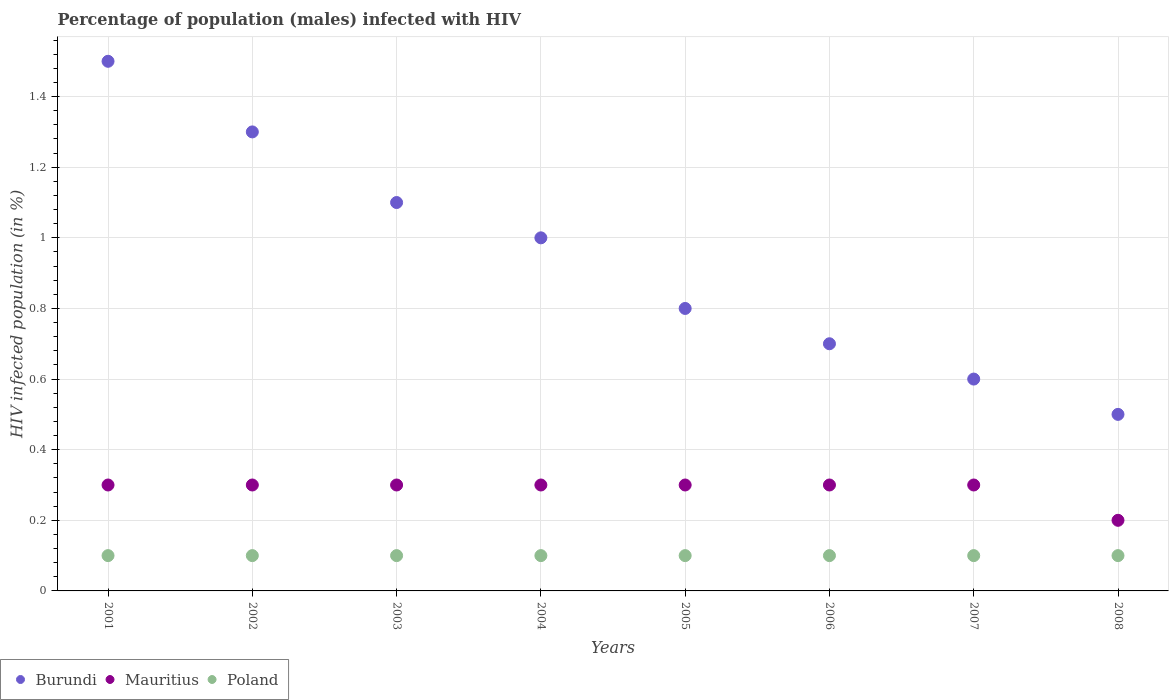
| Years | Burundi | Mauritius | Poland |
 | --- | --- | --- | --- |
 | 2001 | 1.5 | 0.3 | 0.1 |
 | 2002 | 1.3 | 0.3 | 0.1 |
 | 2003 | 1.1 | 0.3 | 0.1 |
 | 2004 | 1 | 0.3 | 0.1 |
 | 2005 | 0.8 | 0.3 | 0.1 |
 | 2006 | 0.7 | 0.3 | 0.1 |
 | 2007 | 0.6 | 0.3 | 0.1 |
 | 2008 | 0.5 | 0.2 | 0.1 |